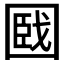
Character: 𡈑